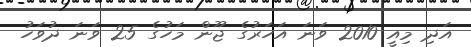
އަދި މިއީ 2010 ވަނަ އަހަރުގެ ޖޫން މަހުގެ 25 ވަނަ ދުވަހު